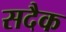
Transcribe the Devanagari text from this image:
सदैक